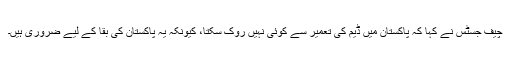
چیف جسٹس نے کہا کہ پاکستان میں ڈیم کی تعمیر سے کوئی نہیں روک سکتا، کیونکہ یہ پاکستان کی بقا کے لیے ضروری ہیں۔